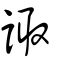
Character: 諏